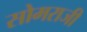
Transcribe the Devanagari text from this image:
सोमराजी